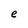
Character: e